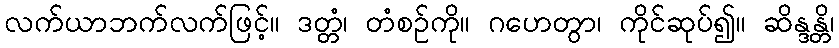
လက်ယာဘက်လက်ဖြင့်။ ဒတ္တံ၊ တံစဉ်ကို။ ဂဟေတွာ၊ ကိုင်ဆုပ်၍။ ဆိန္ဒန္တိ၊